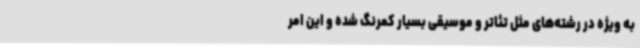
به ویژه در رشته‌های مثل تئاتر و موسیقی بسیار کمرنگ شده و این امر